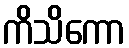
ကိသိကော